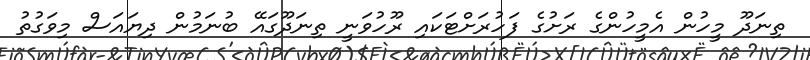
ތިނަދޫ މީހުން އެމީހުންގެ ރަށުގެ ފަހުރަށްޓަކައި ރޫހުވަނީ ތިނަދޫގައޭ ބުނަމުން ދިޔައަސް މިވަގުތު